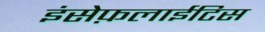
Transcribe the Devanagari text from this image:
इंसेफ़लाईटिस